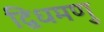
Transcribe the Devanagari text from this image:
द्विधमणु